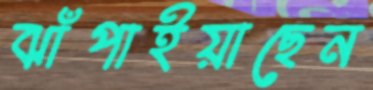
ঝাঁপাইয়াছেন